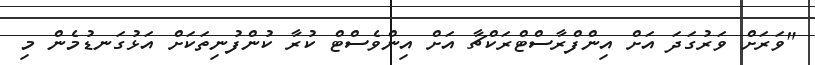
"ވަރަށް ވަރުގަދަ އަށް އިންފްރާސްޓްރަކްޗާ އަށް އިންވެސްޓް ކުރާ ކުންފުނިތަކަށް އަޅުގަނޑުމެން މި